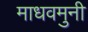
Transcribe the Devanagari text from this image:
माधवमुनी